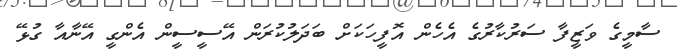
ސާމީގެ ވަޒީފާ ސަރުކާރުގެ އެހެން އޮފީހަކަށް ބަދަލުކުރަން އޭސީސީން އެންގީ އޭނާއާ ގުޅޭ